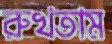
রুখতাম